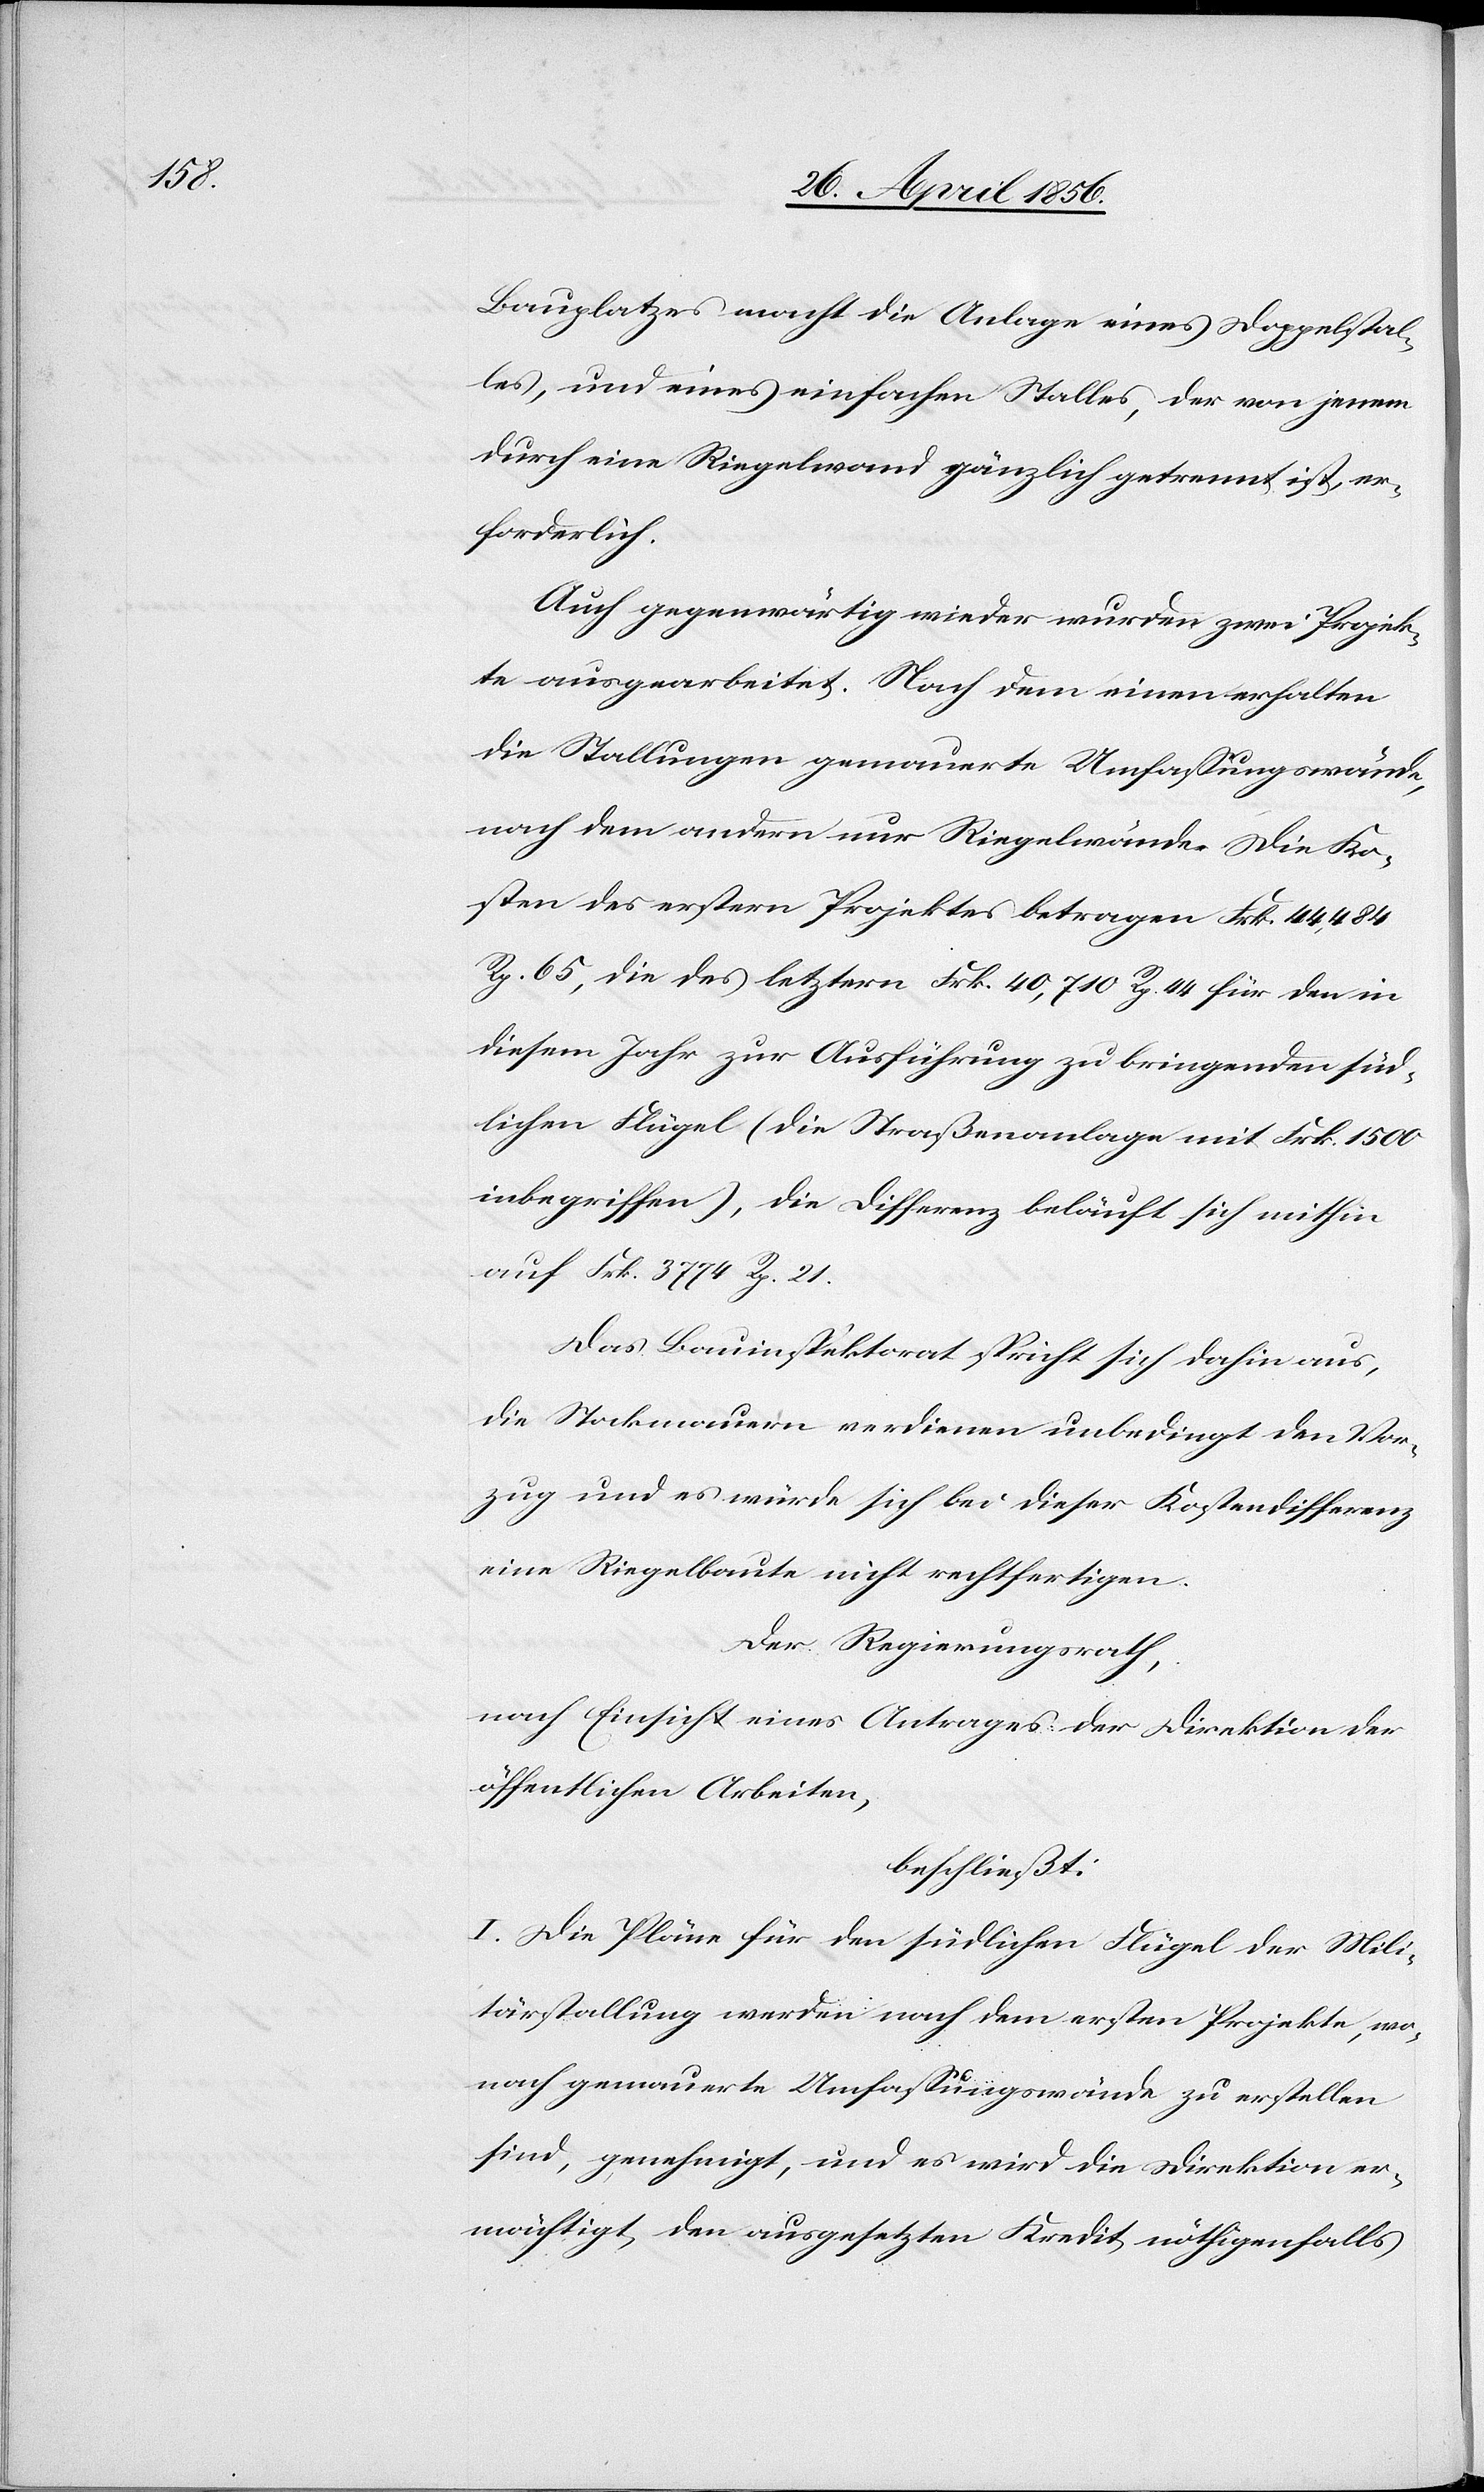
Bauplatzes macht die Anlage eines Doppelstal¬
les, und eines einfachen Stalles, der von jenem
durch eine Riegelwand gänzlich getrennt ist, er¬
forderlich.
Auch gegenwärtig wieder wurden zwei Projek¬
te ausgearbeitet. Nach dem einen erhalten
die Stallungen gemauerte Umfassungswände,
nach dem andern nur Riegelwände. Die Ko¬
sten des erstern Projektes betragen Frk. 44,484
Rp. 65, die des letztern Frk. 40,710 Rp. 44 für den in
diesem Jahr zur Ausführung zu bringenden süd¬
lichen Flügel (die Straßenanlage mit Frk. 1500
inbegriffen), die Differenz beläuft sich mithin
auf Frk. 3774 Rp. 21.
Das Bauinspektorat spricht sich dahin aus,
die Stockmauern verdienen unbedingt den Vor¬
zug und es würde sich bei dieser Kostendifferenz
eine Riegelbaute nicht rechtfertigen.
Der Regierungsrath,
nach Einsicht eines Antrages der Direktion der
öffentlichen Arbeiten,
beschließt:
I. Die Pläne für den südlichen Flügel der Mili¬
tärstallung werden nach dem ersten Projekte, wo¬
nach gemauerte Umfassungswände zu erstellen
sind, genehmigt, und es wird die Direktion er¬
mächtigt, den ausgesetzten Kredit nöthigenfalls